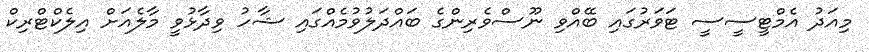
މިއަދު އެމްޓީސީސީ ޓަވަރުގައި ބޭއްވި ނޫސްވެރިންގެ ބައްދަލުވުމެއްގައި ޝާހު ވިދާޅުވީ މާލެއަށް އިލެކްޓްރިކް